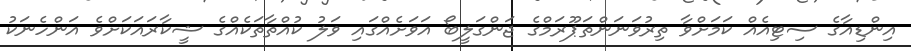
އިންޑިއާގެ ސިޓިއެއް ކަމަށްވާ ތިރުވަނަންތަޕޫރަމްގެ ޖަންގަލީބޯ އަވަށެއްގައި ވަލު ކުއްތާތަކެއްގެ ޝީކާރައަކަށްވެ އަންހެނަކު